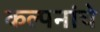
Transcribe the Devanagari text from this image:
कल्‍पनांचे